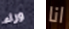
وراء انا